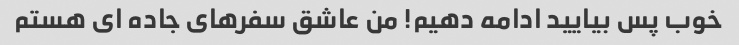
خوب پس بیایید ادامه دهیم! من عاشق سفرهای جاده ای هستم